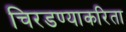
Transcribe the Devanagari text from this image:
चिरडण्याकरिता